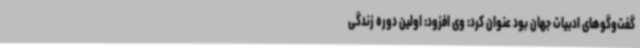
گفت‌وگوهای ادبیات جهان بود عنوان کرد: وی افزود: اولین دوره زندگی